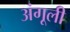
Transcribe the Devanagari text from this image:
अंगूली